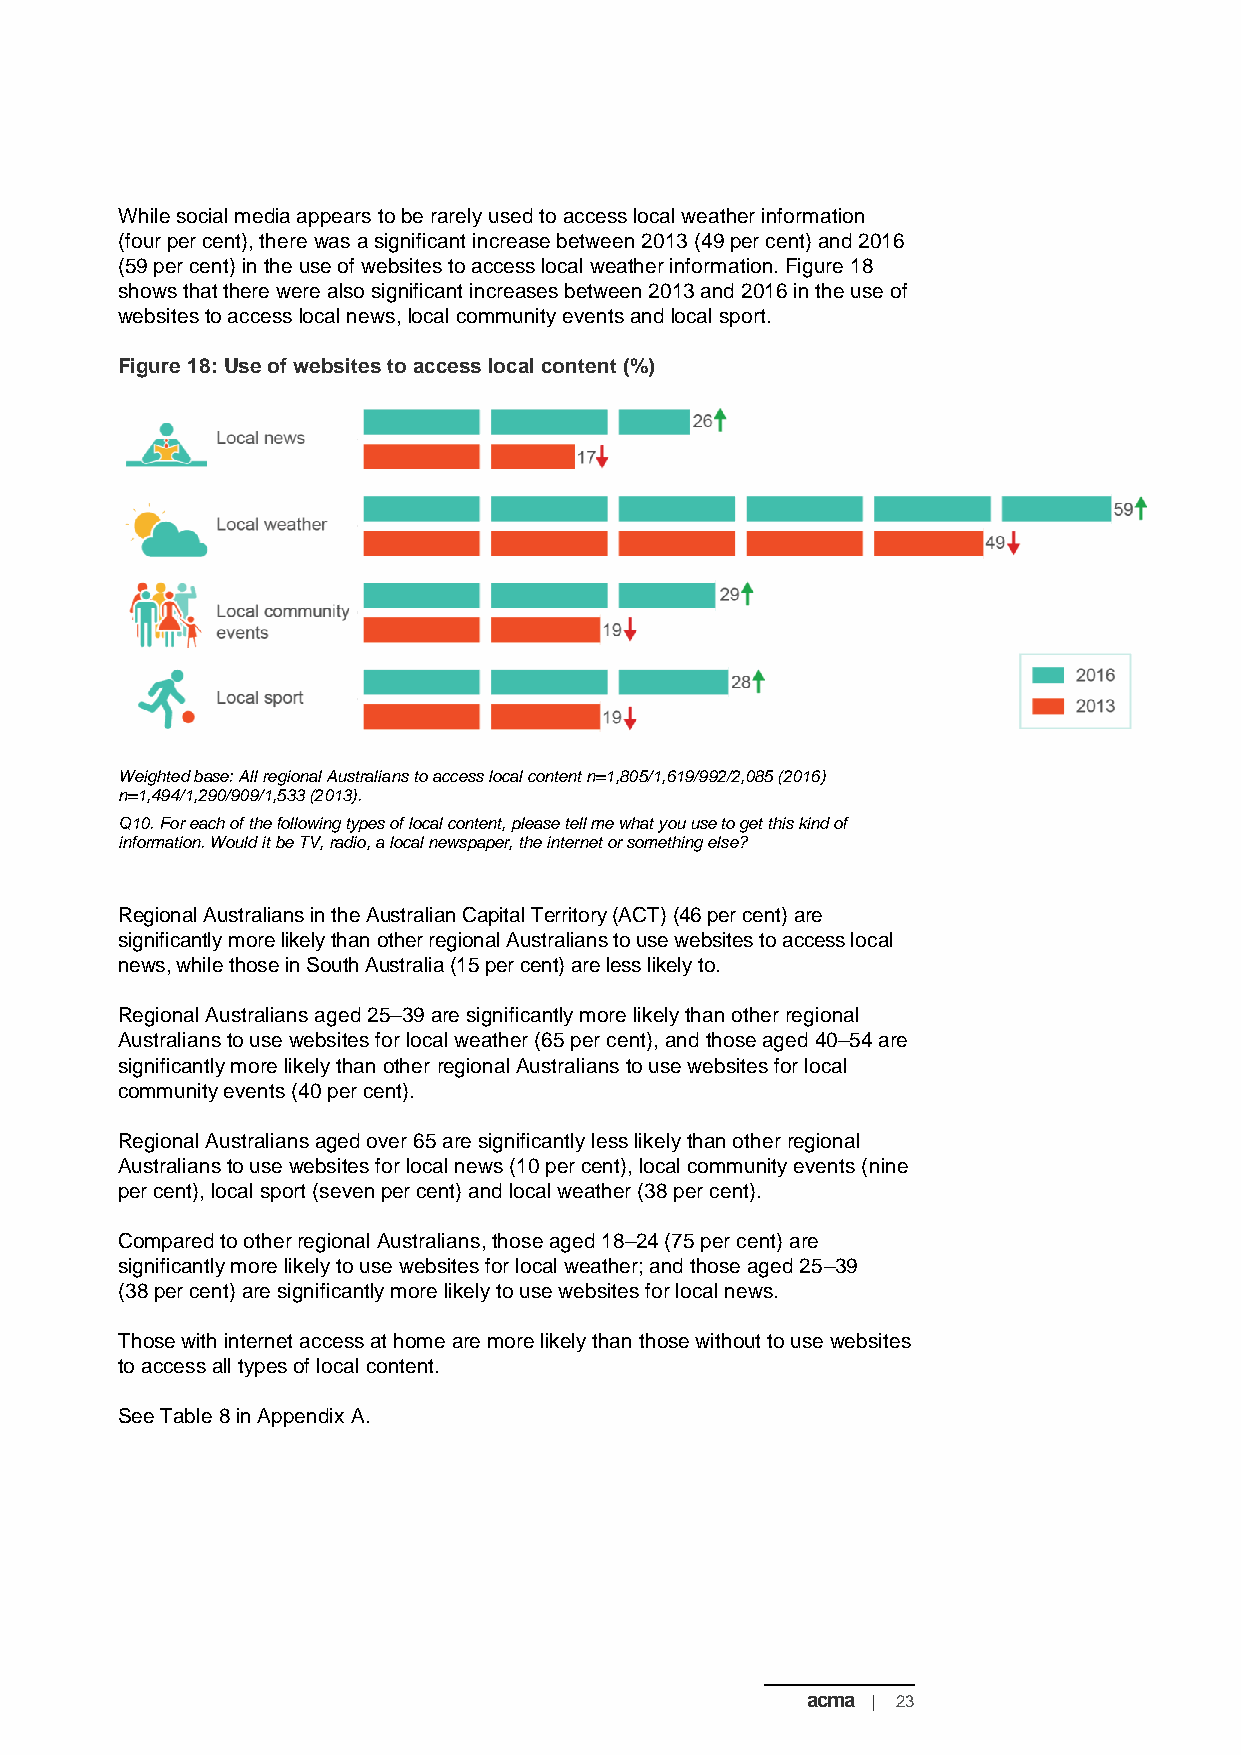
While social media appears to be rarely used to access local weather information
 (four per cent), there was a significant increase between 2013 (49 per cent) and 2016
 (59 per cent) in the use of websites to access local weather information. Figure 18
 shows that there were also significant increases between 2013 and 2016 in the use of
 websites to access local news, local community events and local sport.
 Figure 18: Use of websites to access local content (%)
 Weighted base: All regional Australians to access local content n=1,805/1,619/992/2,085 (2016)
 n=1,494/1,290/909/1,533 (2013).
 Q10. For each of the following types of local content, please tell me what you use to get this kind of
 information. Would it be TV, radio, a local newspaper, the internet or something else?
 Regional Australians in the Australian Capital Territory (ACT) (46 per cent) are
 significantly more likely than other regional Australians to use websites to access local
 news, while those in South Australia (15 per cent) are less likely to.
 Regional Australians aged 25–39 are significantly more likely than other regional
 Australians to use websites for local weather (65 per cent), and those aged 40–54 are
 significantly more likely than other regional Australians to use websites for local
 community events (40 per cent).
 Regional Australians aged over 65 are significantly less likely than other regional
 Australians to use websites for local news (10 per cent), local community events (nine
 per cent), local sport (seven per cent) and local weather (38 per cent).
 Compared to other regional Australians, those aged 18–24 (75 per cent) are
 significantly more likely to use websites for local weather; and those aged 25–39
 (38 per cent) are significantly more likely to use websites for local news.
 Those with internet access at home are more likely than those without to use websites
 to access all types of local content.
 See Table 8 in Appendix A.
 acma | 23